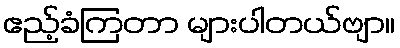
ဧည့်ခံကြတာ များပါတယ်ဗျာ။